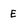
Character: E